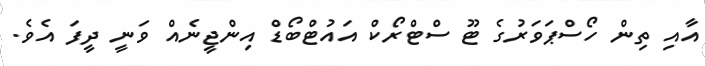
އާއި ތިން ހޯސްޕަވަރުގެ ޓޫ ސްޓްރޯކް އައުޓްބޯޑް އިންޖީނެއް ވަނީ ދީފަ އެވެ.